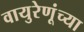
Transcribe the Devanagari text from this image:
वायुरेणूंच्या